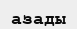
азады